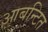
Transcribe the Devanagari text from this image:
आबन्टित